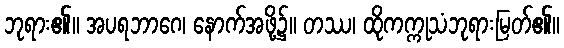
ဘုရား၏။ အပရဘာဂေ၊ နောက်အဖို့၌။ တဿ၊ ထိုကက္ကုသံဘုရားမြတ်၏။